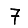
Digit: 7